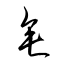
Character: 垂